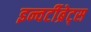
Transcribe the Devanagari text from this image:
इन्वर्टीब्रेट्स